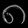
Digit: ၈